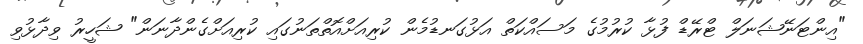
"އިންޓަނޭޝަނަލް ޓްރޭޑް ފުޅާ ކުރުމުގެ މަސައްކަތް އަޅުގަނޑުމެން ކުރިއަށްއޮތްތަނުގައި ކުރިއަށްގެންދާނަން" ޝަހީރު ވިދާޅުވި